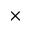
\times